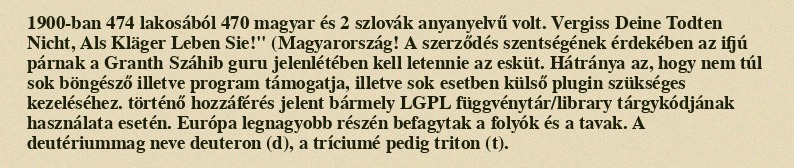
1900-ban 474 lakosából 470 magyar és 2 szlovák anyanyelvű volt. Vergiss Deine Todten Nicht, Als Kläger Leben Sie!" (Magyarország! A szerződés szentségének érdekében az ifjú párnak a Granth Száhib guru jelenlétében kell letennie az esküt. Hátránya az, hogy nem túl sok böngésző illetve program támogatja, illetve sok esetben külső plugin szükséges kezeléséhez. történő hozzáférés jelent bármely LGPL függvénytár/library tárgykódjának használata esetén. Európa legnagyobb részén befagytak a folyók és a tavak. A deutériummag neve deuteron (d), a tríciumé pedig triton (t).